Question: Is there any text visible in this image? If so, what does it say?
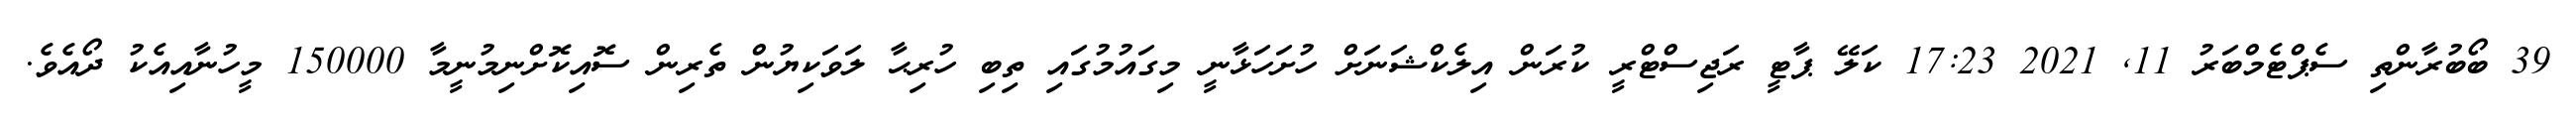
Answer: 39 ބޯބުރާންތި ސެޕްޓެމްބަރު 11, 2021 17:23 ކަލޭ ޕާޓީ ރަޖިސްޓްރީ ކުރަން އިލެކްޝަނަށް ހުށަހަޅާނީ މިގައުމުގައި ތިބި ހުރިޙާ ލަވަކިޔުން ތެރިން ސޮއިކޮށްނިމުނީމާ 150000 މީހުނާއިއެކު ދޯއެވެ.